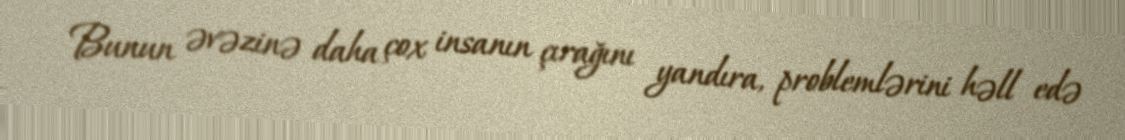
Bunun əvəzinə daha çox insanın çırağını yandıra, problemlərini həll edə